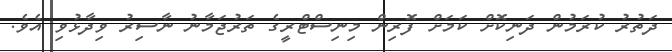
ދަތުރު ކުރަމުން ދަނިކޮށް ކަމަށް ފޮރިން މިނިސްޓްރީގެ ތަރުޖަމާނު ނާސިރު ވިދާޅުވި އެވެ.